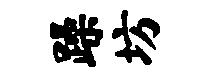
躁坊